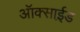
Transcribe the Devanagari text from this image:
ऑक्साई़ड